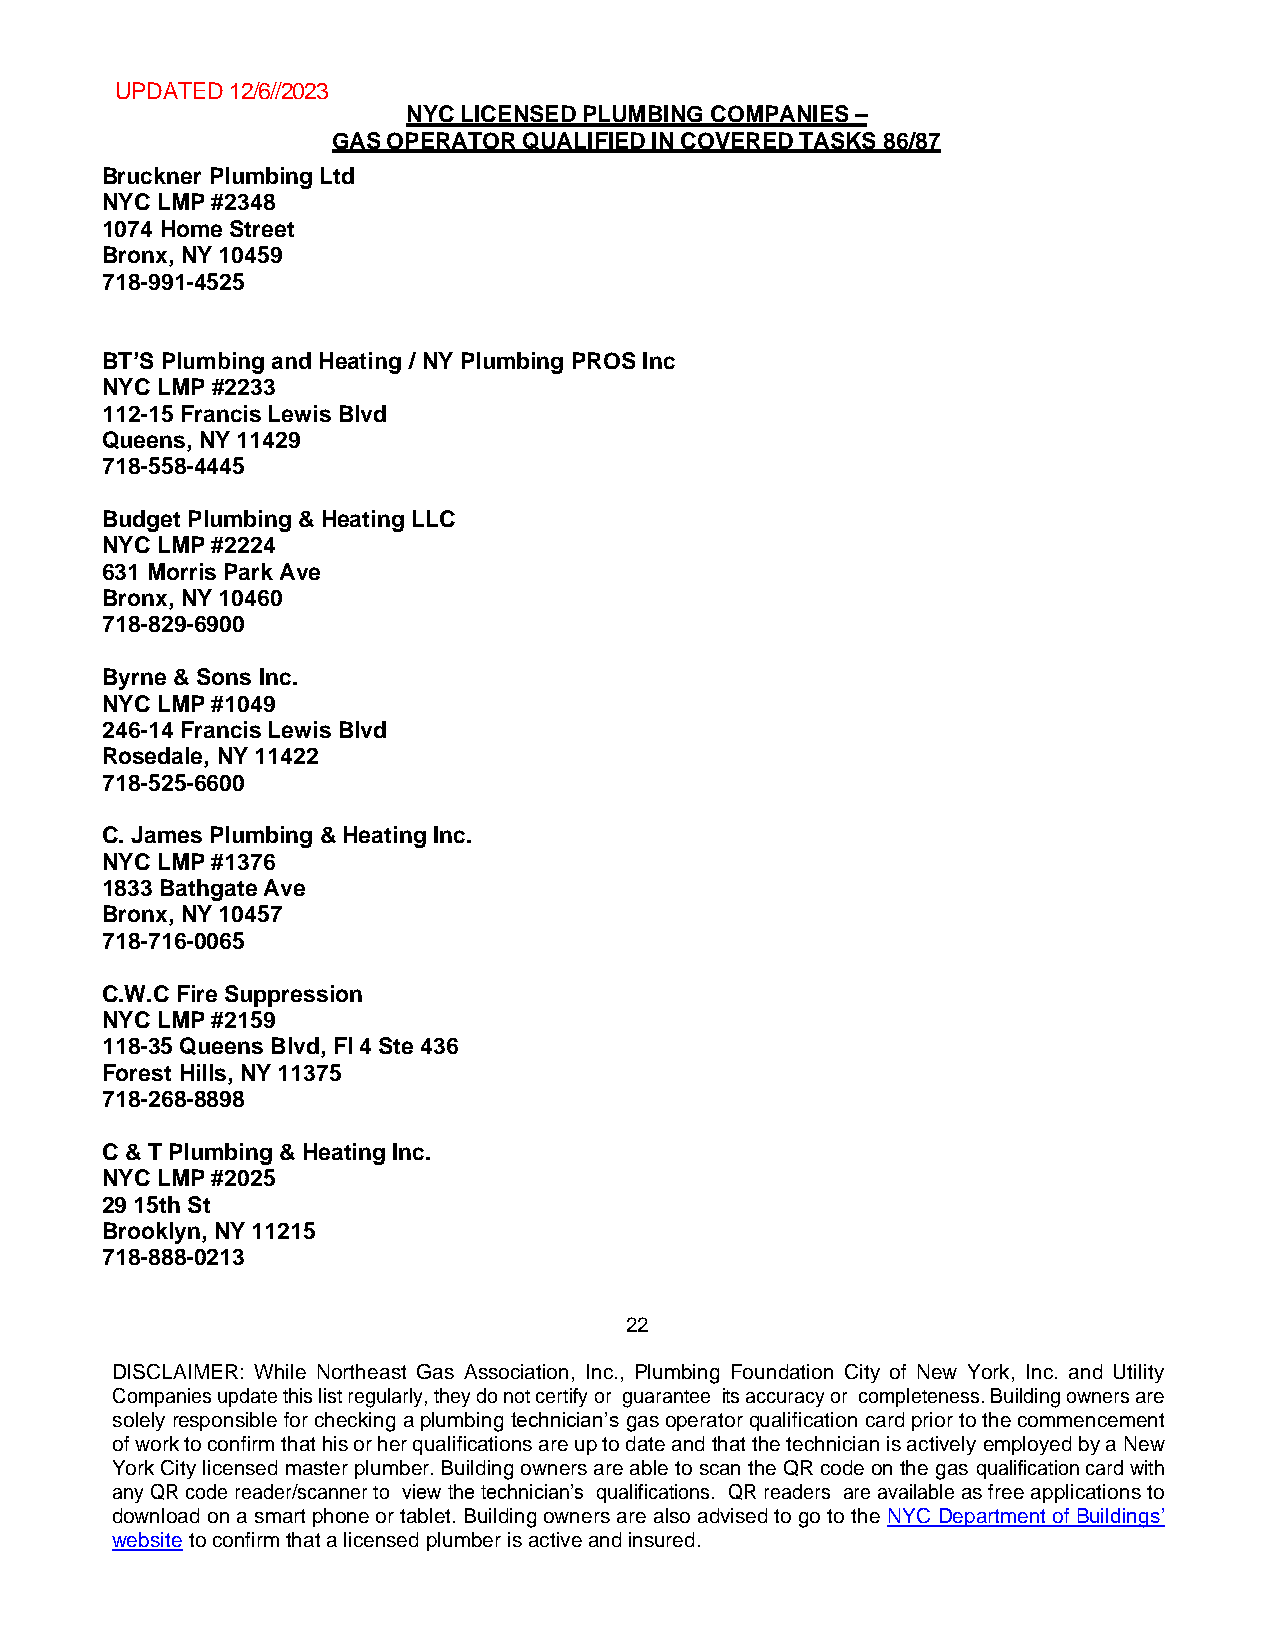
UPDATED 12/6//2023
 NYC LICENSED PLUMBING COMPANIES –
 GAS OPERATOR QUALIFIED IN COVERED TASKS 86/87
 Bruckner Plumbing Ltd
 NYC LMP #2348
 1074 Home Street
 Bronx, NY 10459
 718-991-4525
 BT’S Plumbing and Heating / NY Plumbing PROS Inc
 NYC LMP #2233
 112-15 Francis Lewis Blvd
 Queens, NY 11429
 718-558-4445
 Budget Plumbing & Heating LLC
 NYC LMP #2224
 631 Morris Park Ave
 Bronx, NY 10460
 718-829-6900
 Byrne & Sons Inc.
 NYC LMP #1049
 246-14 Francis Lewis Blvd
 Rosedale, NY 11422
 718-525-6600
 C. James Plumbing & Heating Inc.
 NYC LMP #1376
 1833 Bathgate Ave
 Bronx, NY 10457
 718-716-0065
 C.W.C Fire Suppression
 NYC LMP #2159
 118-35 Queens Blvd, Fl 4 Ste 436
 Forest Hills, NY 11375
 718-268-8898
 C & T Plumbing & Heating Inc.
 NYC LMP #2025
 29 15th St
 Brooklyn, NY 11215
 718-888-0213
 22
 DISCLAIMER: While Northeast Gas Association, Inc., Plumbing Foundation City of New York, Inc. and Utility
 Companies update this list regularly, they do not certify or guarantee its accuracy or completeness. Building owners are
 solely responsible for checking a plumbing technician’s gas operator qualification card prior to the commencement
 of work to confirm that his or her qualifications are up to date and that the technician is actively employed by a New
 York City licensed master plumber. Building owners are able to scan the QR code on the gas qualification card with
 any QR code reader/scanner to view the technician’s qualifications. QR readers are available as free applications to
 download on a smart phone or tablet. Building owners are also advised to go to the NYC Department of Buildings’
 website to confirm that a licensed plumber is active and insured.